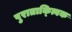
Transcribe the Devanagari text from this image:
पुराताक्त्विक